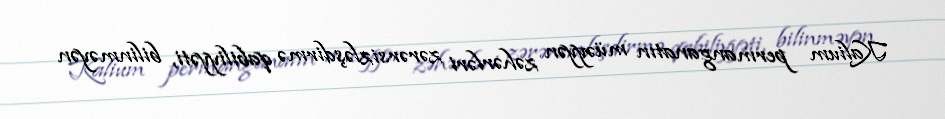
Kalium permanganatın müəyyən zəhərləri zərərsizləşdirmə qabiliyyəti, bilinməyən